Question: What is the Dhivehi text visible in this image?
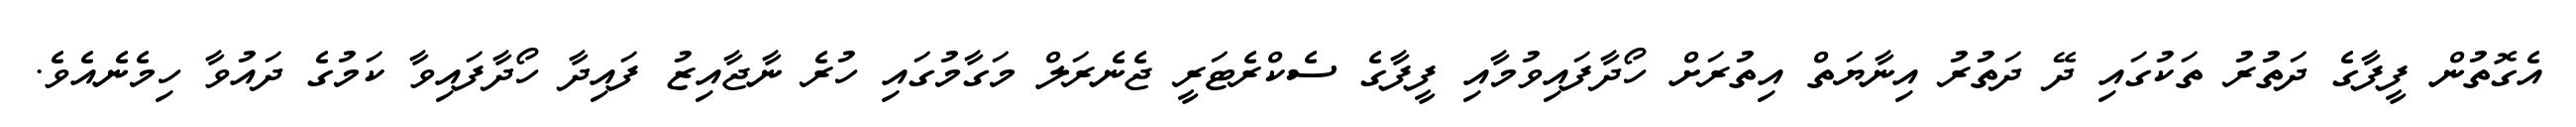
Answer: އެގޮތުން ފީފާގެ ދަތުރު ތަކުގައި ދޭ ދަތުރު އިނާޔަތް އިތުރަށް ހޯދާފައިވުމާއި ފީފާގެ ސެކްރެޓަރީ ޖެނެރަލް މަގާމުގައި ހުރެ ނާޖާއިޒު ފައިދާ ހޯދާފައިވާ ކަމުގެ ދައުވާ ހިމެނެއެވެ.